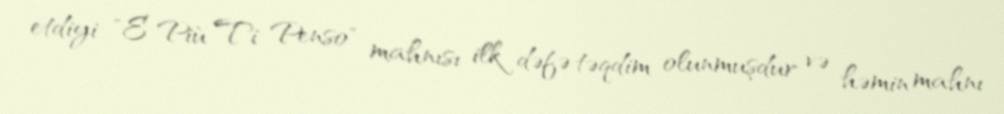
etdiyi "E Più Ti Penso" mahnısı ilk dəfə təqdim olunmuşdur və həmin mahnı